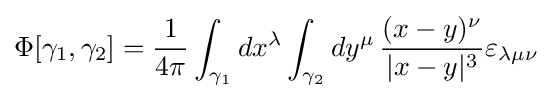
\Phi [\gamma _{1},\gamma _{2}]={\frac {1}{4\pi }}\int _{\gamma _{1}}dx^{\lambda }\int _{\gamma _{2}}dy^{\mu }\,{\frac {(x-y)^{\nu }}{|x-y|^{3}}}\varepsilon _{\lambda \mu \nu }